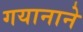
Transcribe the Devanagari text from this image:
गयानाने